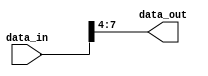
module PartSelectContinuousAssignment (
    input  [15:0] data_in,  // Input signal defined as a 16-bit wide vector
    output [3:0] data_out   // Output signal defined as a 4-bit wide vector
);

// Continuous assignment operation to extract bits 7 to 4 from data_in
assign data_out = data_in[7:4]; // Part select from data_in

endmodule